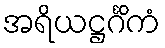
အရိယဋ္ဌင်္ဂိကံ